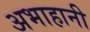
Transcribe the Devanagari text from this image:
अभाहानी